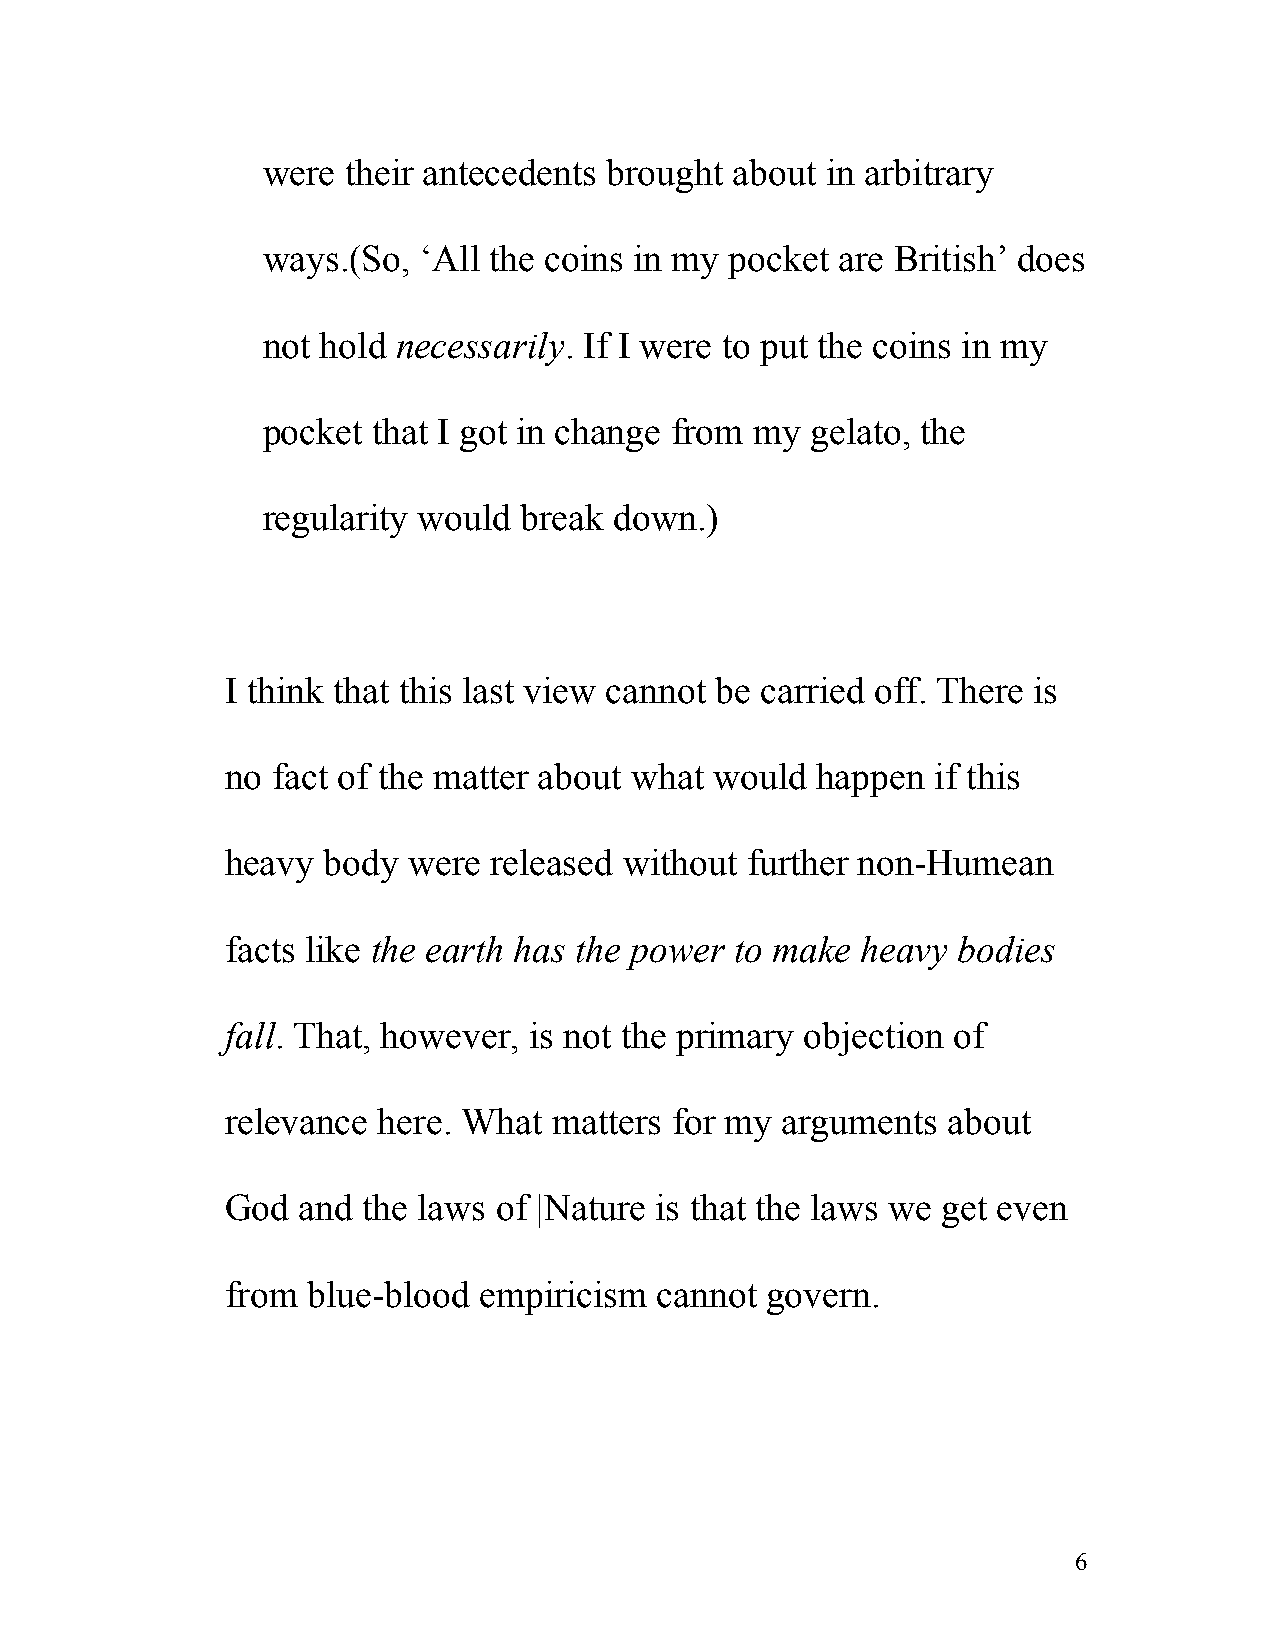
were  their antecedents brought about in arbitrary
 ways.(So,  ‘All the coins in my pocket are British’ does
 not hold necessarily. If I were to put the coins in my
 pocket  that I got in change from my gelato, the
 regularity would break  down.)
 I think that this last view cannot be carried off. There is
 no fact of the matter about what would happen  if this
 heavy body  were released without further non-Humean
 facts like the earth has the power to make heavy bodies
 fall. That, however, is not the primary objection of
 relevance here. What  matters for my arguments  about
 God  and the laws of |Nature is that the laws we get even
 from blue-blood  empiricism  cannot govern.
 6